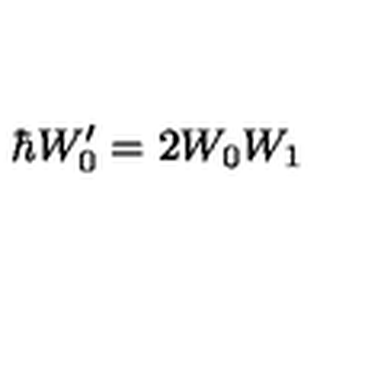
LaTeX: \hbar W _ { 0 } ^ { \prime } = 2 W _ { 0 } W _ { 1 }